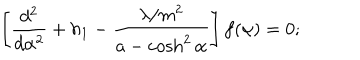
LaTeX: \left[ \frac { d ^ { 2 } } { d \alpha ^ { 2 } } + h _ { 1 } - \frac { \lambda / m ^ { 2 } } { a - \cosh ^ { 2 } \alpha } \right] f ( \alpha ) = 0 ;